Kihnu_vallavalitsus, lk 17
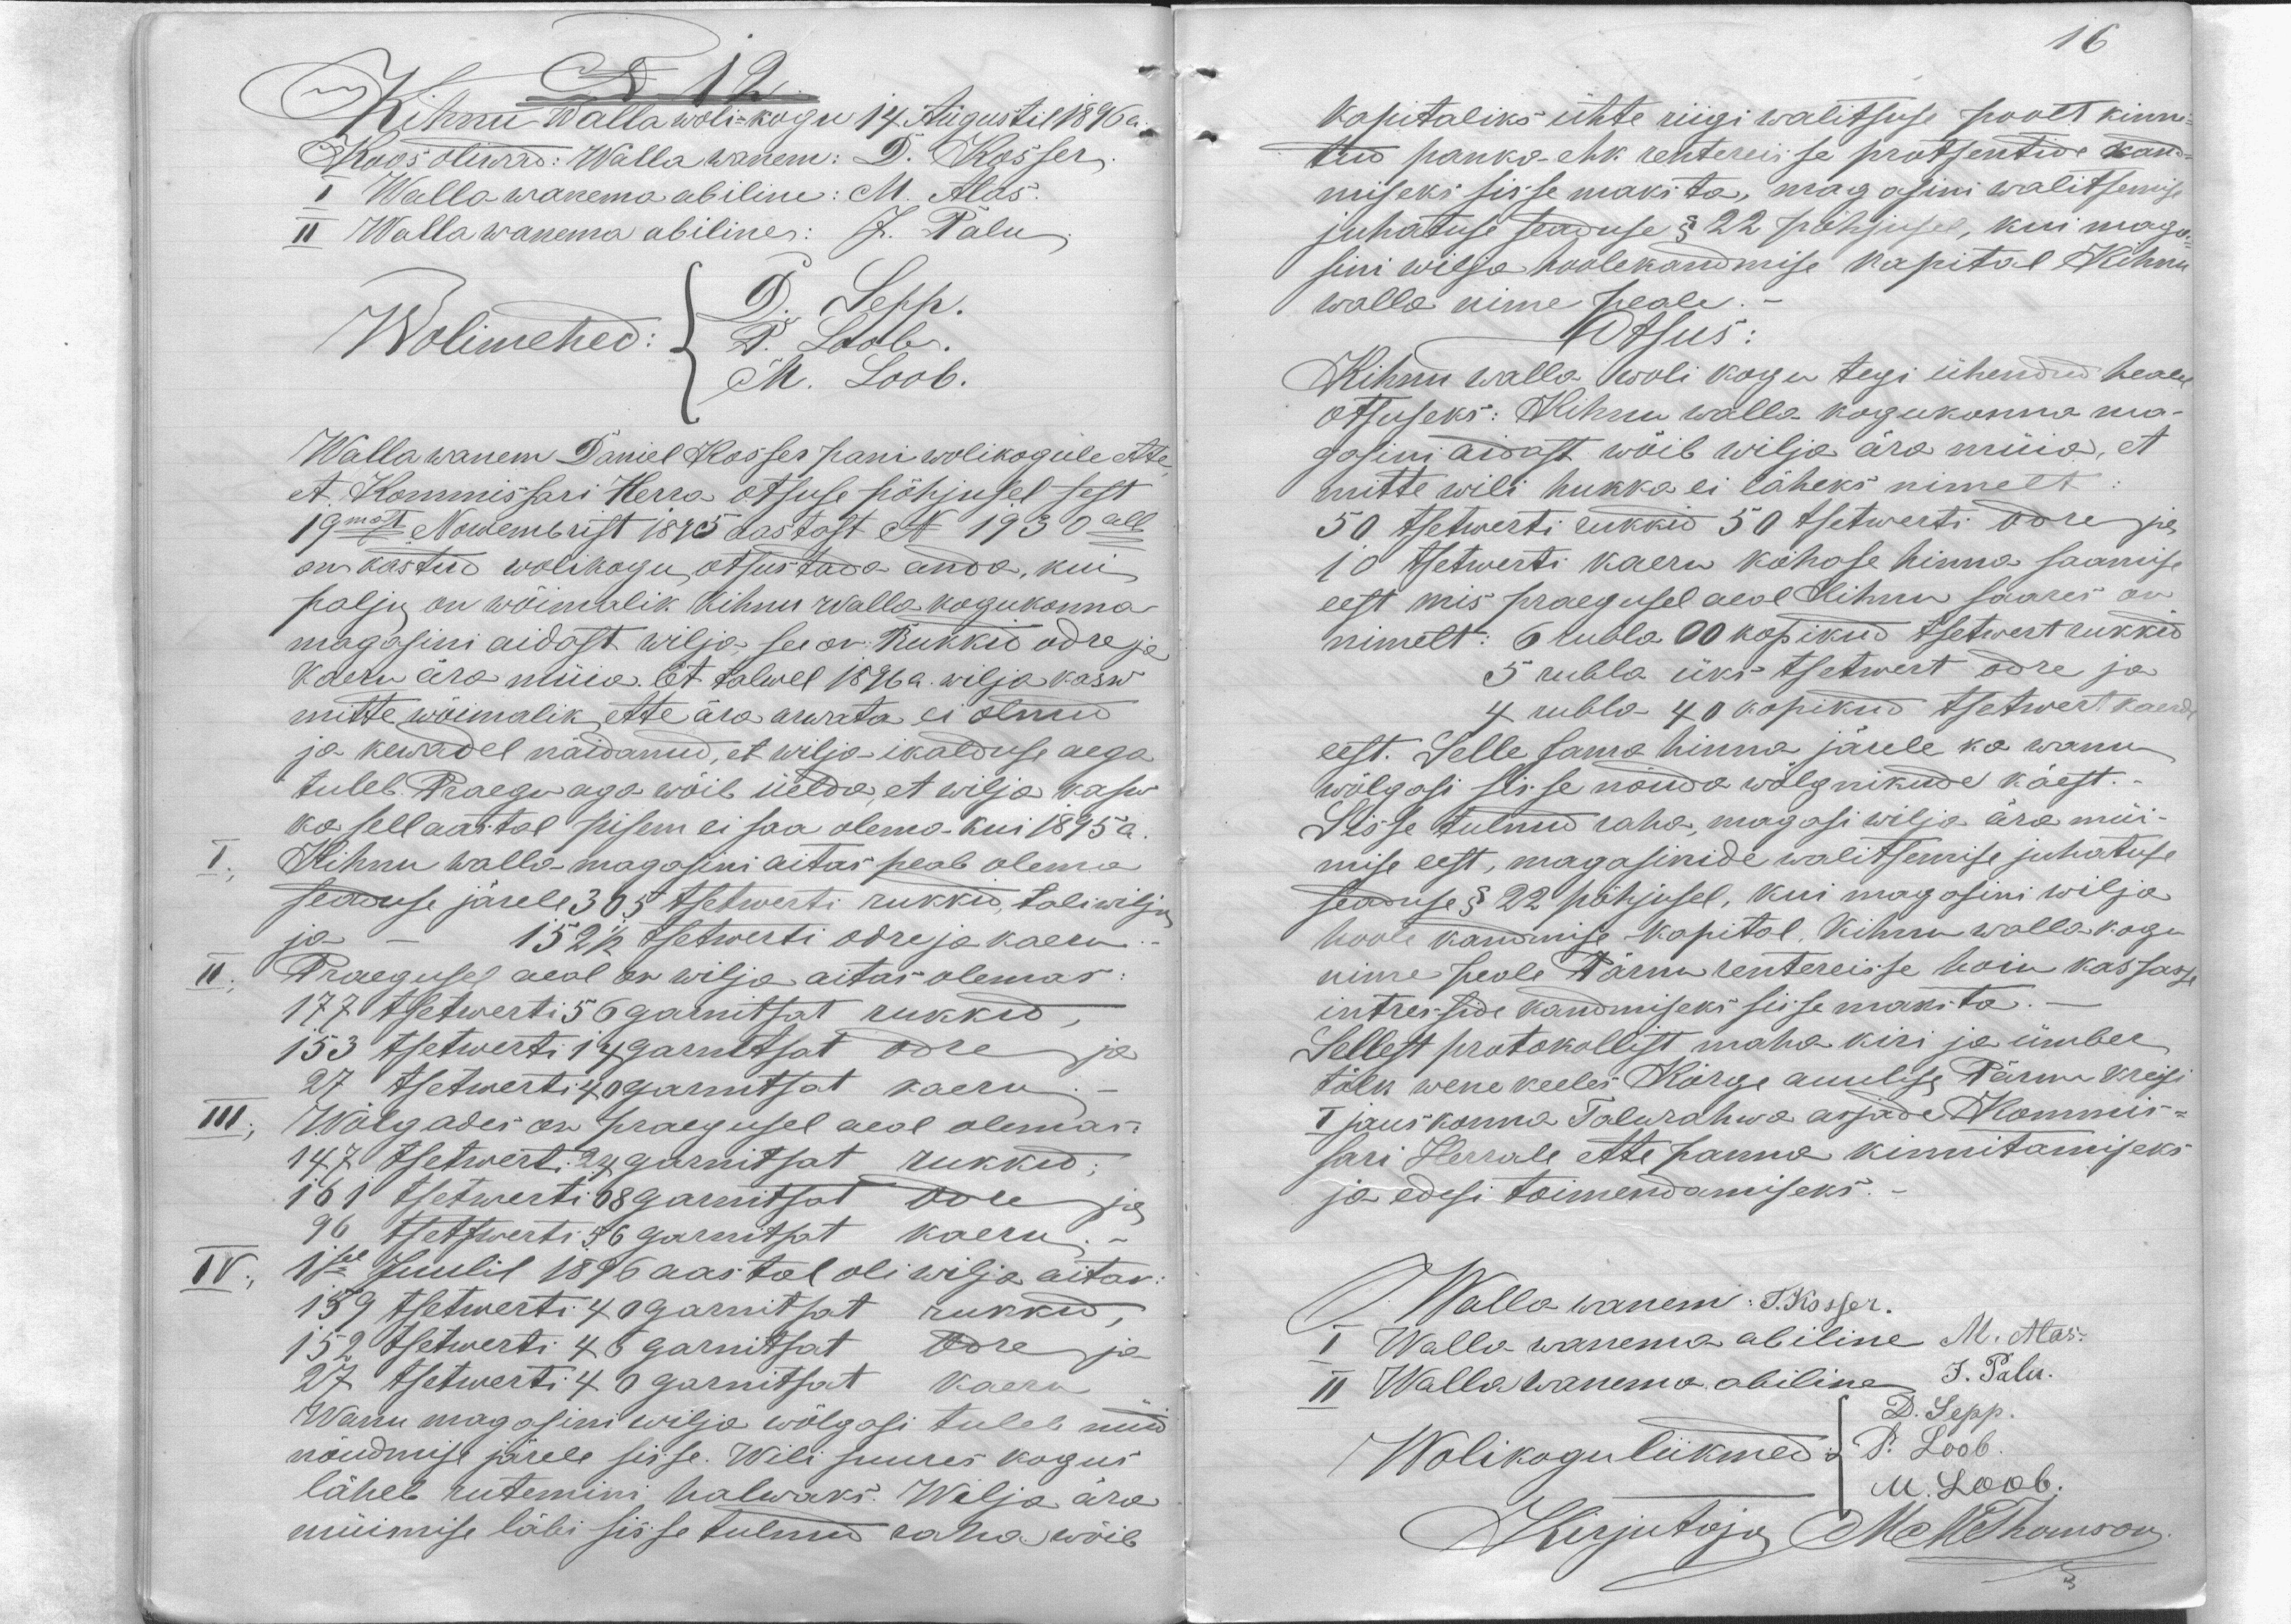
N 12.
Kihnu walla wolikogu 14 Augustil 1896 a.
Koos oliwad: Wallawanem: D. Kosser
I Wallawanema abiline: M. Alas.
II Wallawanema abiline: J. Palu
Wolimehed:
D. Sepp
P. Loob.
M. Loob.
Wallawanem Daniel Kosser pani wolikogule ette,
et Kommissari Herra otsuse põhjusel sest
19mast Nowembrist 1895 aastast N 1930 all
on kästud wolikogu otsustada anda, kui
palju on wõimalik Kihnu walla kogukonna
magasini aidast wilja see on Rukkid odre ja
Kaeru ära müia. Et talwel 1896a. wilja kasw
mitte wõimalik ette ära arwata ei olnud
ja kewadel näidanud, et wilja ikalduse aega
tuleb Praegu aga wõib üelda, et wilja kasw
ka sell aastal pisem ei saa olema kui 1895 a.
I
Kihnu walla magasini aitas peab olema
seaduse järele 305 tsetwerti rukkid, taliwilja
152 1/2 tsetwerti odre ja kaeru
II
Praegusel aeal on wilja aitas olemas:
177 tsetwerti 56 garnitsat rukkid
153 tsetwerti 14 garnitsat odre ja
27 tsetwerti 40 garnitsat kaeru
III
Wõlgades on praegusel aeal olemas.
147 tsetwerti 24 garnitsat rukkid;
161 tsetwerti 68 garnitsat odre ja
96 tsetswerti 56 garnitsat kaeru.
IV; 1sel Juulil 1896 aastal oli wilja aitas:
159 tsetwerti 40 garnitsat rukkid,
152 tsetwerti 45 garnitsat Odre ja
27 tsetwerti 40 garnitsat Kaera
Wanu magasini wilja wõlgasi tuleb nüid
nõudmise järele sisse. Wili suures kogus
läheb rutemini halwaks. Wilja ära
müimise läbi sisse tulnud raha wõib

16

Kapitaliks ühte riigi walitsuse poolt kinni-
tud panka ehk rentereisse protsentide kand-
miseks sisse maksta, magasini walitsemise
juhatuse seaduse § 22 põhjusel, kui maga-
sini wilja hoolekandmise kapital Kihnu
walla nime peale.
Otsus:
Kihnu walla woli kogu tegi ühendud healel
otsuseks: Kihnu walla kogukonna ma-
gasini aidast wõib wilja ära müia, et
mitte wili hukka ei läheks nimelt
50 tsetwerti rukkid 50 tsetweeti odre ja
10 tsetwerti kaeru kohase hinna saamise
eest mis praegusel aeal Kihnu saares on
nimelt: 6 rubla 60 kopikud tsetwert rukkid
5 rubla üks tsetwert odre ja
4 rubla 40 kopikud tsetwert kaera
eest. Selle sama hinna järele ka wanu-
wõlgasi sisse nõuda wõlgnikude käest.
Sisse tulnud raha, magasi wilja ära müi-
mise eest, magasinide walitsemise juhatuse
seaduse § 22 põhjusel, kui magasini wilja
hoole kandmise kapital, Kihnu walla kogu
nime peale Pärnu rentereisse hoiu kassasse
intresside kandmiseks sisse maksta.
Sellest protokollist maha kiri ja ümber
tõlk wene keeles Kõrge auulise Pärnu kreisi
I jauskonna Talurahwa asjade Kommis-
sari Herrale ette panna kinnitamiseks
ja edesi toimendamiseks.
Wallawanem T. Kosser.
I Walla wanema abiline M. Alas.
II Walla wanema abiline J. Palu.
Wolikogu liikmed:
D. Sepp.
P. Loob.
M. Loob.
Kirjutaja M Thomson